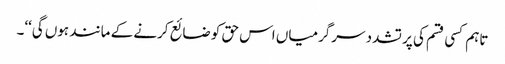
تاہم کسی قسم کی پر تشدد سرگرمیاں اس حق کو ضائع کرنے کے مانند ہوں گی‘‘۔